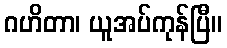
ဂဟိတာ၊ ယူအပ်ကုန်ပြီ။